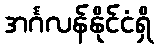
အင်္ဂလန်နိုင်ငံရှိ